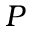
P